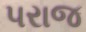
પરાજ